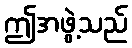
ဤအဖွဲ့သည်